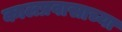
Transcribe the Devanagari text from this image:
कालप्रवासाच्या